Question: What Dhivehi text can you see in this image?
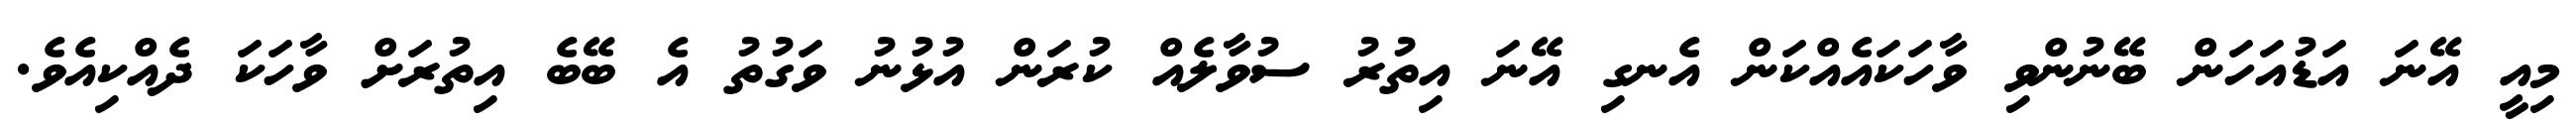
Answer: މިއީ އޭނަ އަޑުއަހަން ބޭނުންވި ވާހަކައެއްކަން އެނގި އޭނަ އިތުރު ސުވާލެއް ކުރަން އުޅުނު ވަގުތު އެ ބޭބެ އިތުރަށް ވާހަކަ ދެއްކިއެވެ.